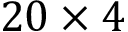
2 0 \times 4